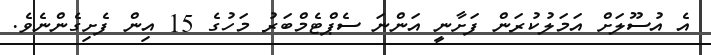
އެ އުސޫލަށް އަމަލުކުރަން ފަށާނީ އަންނަ ސެޕްޓެމްބަރު މަހުގެ 15 އިން ފެށިގެންނެވެ.